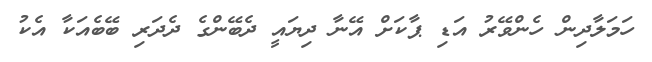
ހަމަލާދިން ހެންވޭރު އަޑި ޕާކަށް އޭނާ ދިޔައީ ދެބޭންގެ ދެދަރި ބޭބެއަކާ އެކު